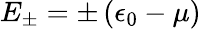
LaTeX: E_{\pm}=\pm\left(\epsilon_{0}-\mu\right)